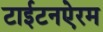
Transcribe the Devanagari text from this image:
टाईटनऐरम